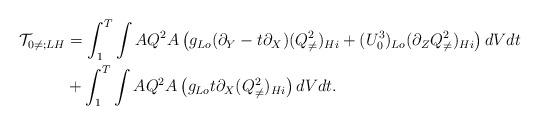
LaTeX: \begin{align*} \mathcal{T}_{0\neq;LH} & = \int_1^T \int A Q^2 A\left( g_{Lo} (\partial_{Y}-t\partial_X) (Q^2_{\neq})_{Hi} + (U^3_0)_{Lo} (\partial_{Z} Q^2_{\neq})_{Hi} \right) dV dt \\ & + \int_1^T \int A Q^2 A\left( g_{Lo} t \partial_{X} (Q^2_{\neq})_{Hi} \right) dV dt. \end{align*}